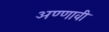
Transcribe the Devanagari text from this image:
अण्णावी